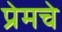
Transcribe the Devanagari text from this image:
प्रेमचे